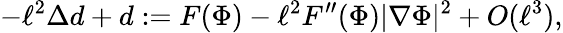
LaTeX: -\ell^{2}\Delta d+d:=F(\Phi)-\ell^{2}F^{\prime\prime}(\Phi)|\nabla\Phi|^{2}+O(\ell^{3}),